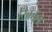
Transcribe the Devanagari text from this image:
रिकाॅल